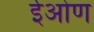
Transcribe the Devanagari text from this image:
ईओण